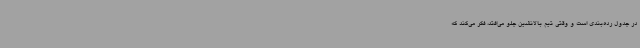
در جدول رده‌بندی است و وقتی تیم بالانشین جلو می‌افتد، فکر می‌کند که